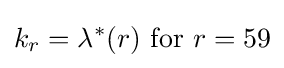
k_{r}=\lambda ^{*}(r){\text{ for }}r=59